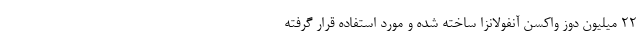
۲۲ میلیون دوز واکسن آنفولانزا ساخته شده و مورد استفاده قرار گرفته‌